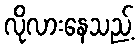
လိုလားနေသည့်